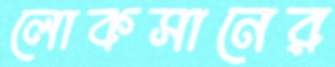
লোকসানের